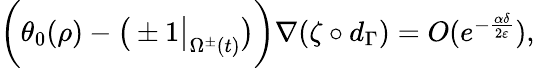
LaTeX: \begin{array}{r}{\bigg(\theta_{0}(\rho)-\big(\pm 1\big|_{\Omega^{\pm}(t)}\big)\bigg)\nabla(\zeta\circ d_{\Gamma})=O(e^{-\frac{\alpha\delta}{2\varepsilon}}),}\end{array}